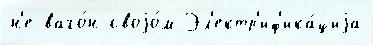
н'е ваго́н своjо́м Эл'ектр'иф'ика́циjа